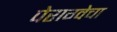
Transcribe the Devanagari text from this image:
पेराग्वेचा